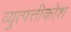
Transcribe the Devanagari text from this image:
व्युत्पत्तीकोश